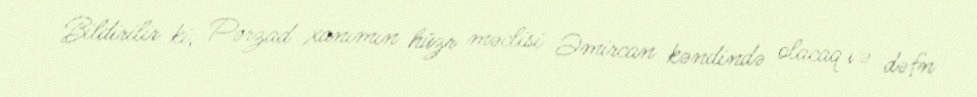
Bildirilir ki, Pərzad xanımın hüzr məclisi Əmircan kəndində olacaq və dəfn